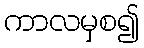
ကာလမှစ၍